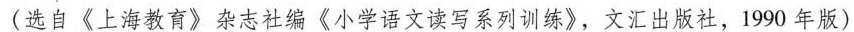
(选自《上海教育》杂志社编《小学语文读写系列训练》，文汇出版社，1990年版)